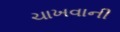
ચાખવાની